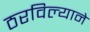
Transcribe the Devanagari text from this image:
ठरविल्याने